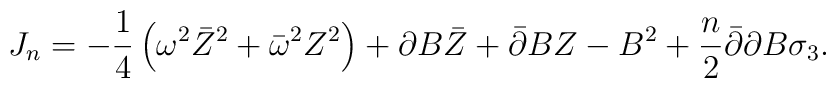
J_n=-\frac 14\left(\omega^2\bar Z^2 +\bar\omega^2Z^2\right) +\partial B\bar Z +\bar\partial BZ - B^2 +\frac n2\bar\partial\partial B\sigma_3.